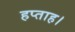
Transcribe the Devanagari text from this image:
हप्ताह।